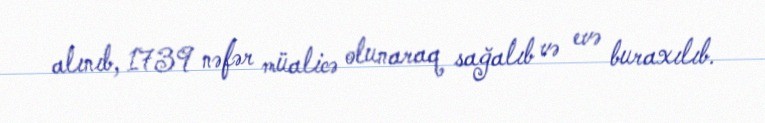
alınıb, 1739 nəfər müalicə olunaraq sağalıb və evə buraxılıb.